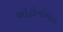
ઓટોનોમલ